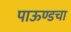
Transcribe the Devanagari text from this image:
पाऊण्डचा